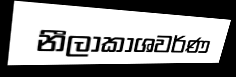
නීලාකාශවර්ණ